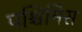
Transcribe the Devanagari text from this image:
पश्चिमिेस